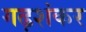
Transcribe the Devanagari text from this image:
गढ़शंकर